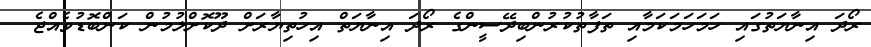
ރޯދަ އިނާޔަތުގައި ހަމަހަމަކަމާއި ތަފާތުކުރުންބިދޭސީންގެ ރޯދަ އިނާޔަތް އިހުތިޔާރަށް ދޫކޮށްލުމުން ކަންބޮޑުވެއްޖެ